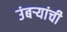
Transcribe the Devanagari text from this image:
उंबऱ्यांची